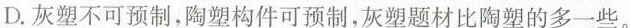
D.灰塑不可预制，陶塑构件可预制，灰塑题材比陶塑的多一些。